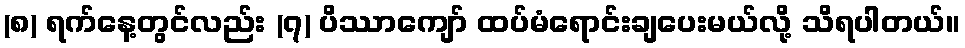
(၈) ရက်နေ့တွင်လည်း (၇) ပိဿာကျော် ထပ်မံရောင်းချပေးမယ်လို့ သိရပါတယ်။